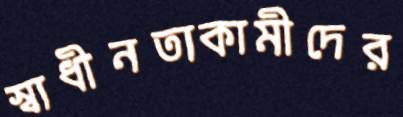
স্বাধীনতাকামীদের